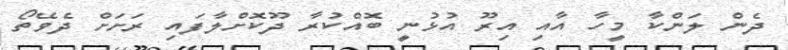
ދެން ލަންކާ މީހާ އާއި އިރޫ އުޅުނީ ބޮއްކުރާ ދޫކޮށްލާފައި ރަށަށް ދެވޭތޯ